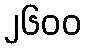
၂၆၀၀